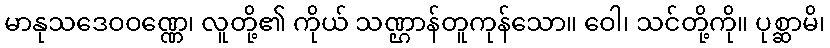
မာနုသဒေဝဝဏ္ဏေ၊ လူတို့၏ ကိုယ် သဏ္ဌာန်တူကုန်သော။ ဝေါ၊ သင်တို့ကို။ ပုစ္ဆာမိ၊